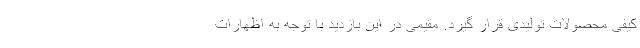
کیفی محصولات تولیدی قرار گیرد. مقیمی در این بازدید با توجه به اظهارات